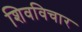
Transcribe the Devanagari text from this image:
शिवविचार